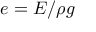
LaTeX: e = E / \rho g